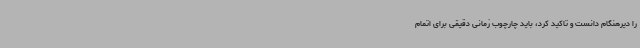
را دیرهنگام دانست و تاکید کرد، باید چارچوب زمانی دقیقی برای اتمام